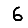
Digit: 6